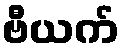
ဗီယက်